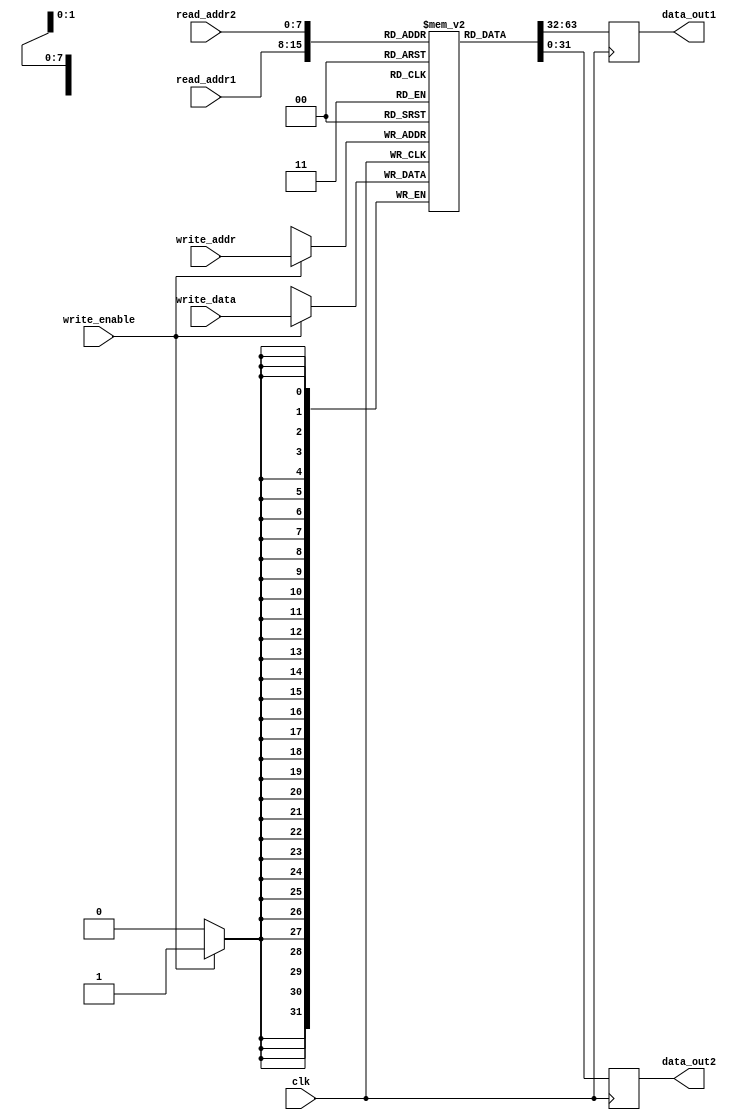
module register_file(
  input wire clk,
  input wire [7:0] read_addr1,
  input wire [7:0] read_addr2,
  output reg [31:0] data_out1,
  output reg [31:0] data_out2,
  input wire [7:0] write_addr,
  input wire [31:0] write_data,
  input wire write_enable
);

reg [31:0] registers [0:255];

always @(posedge clk) begin
  if(write_enable)
    registers[write_addr] <= write_data;
  
  data_out1 <= registers[read_addr1];
  data_out2 <= registers[read_addr2];
end

endmodule